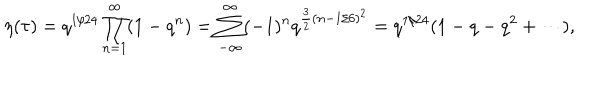
\eta ( \tau ) = q ^ { 1 / 2 4 } \prod _ { n = 1 } ^ { \infty } ( 1 - q ^ { n } ) = \sum _ { - \infty } ^ { \infty } ( - 1 ) ^ { n } q ^ { \frac { 3 } { 2 } ( n - 1 / 6 ) ^ { 2 } } = q ^ { 1 / 2 4 } ( 1 - q - q ^ { 2 } + \cdots ) ,